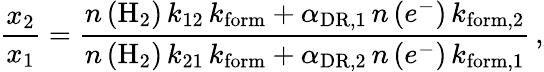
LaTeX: \frac{x_{2}}{x_{1}}=\frac{n\left(\mathrm{H}_{2}\right)\, k_{12}\, k_{\mathrm{form}}+\alpha_{\mathrm{DR},1}\, n\left(e^{-}\right)\, k_{\mathrm{form},2}}{n\left(\mathrm{H}_{2}\right)\, k_{21}\, k_{\mathrm{form}}+\alpha_{\mathrm{DR},2}\, n\left(e^{-}\right)\, k_{\mathrm{form},1}}\, ,